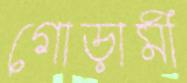
গোড়ামী